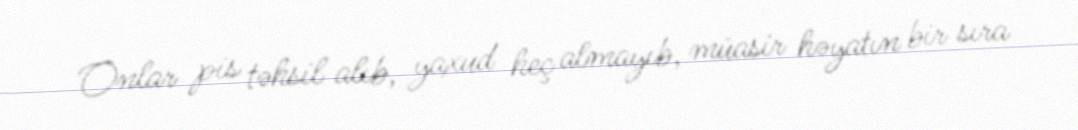
Onlar pis təhsil alıb, yaxud heç almayıb, müasir həyatın bir sıra